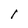
Character: I